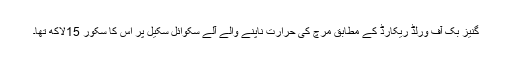
گنیز بک آف ورلڈ ریکارڈ کے مطابق مرچ کی حرارت ناپنے والے آلے سکوائل سکیل پر اس کا سکور 15لاکھ تھا۔